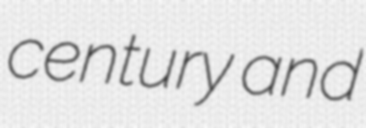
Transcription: century and